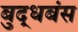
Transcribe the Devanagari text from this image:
बुद्धबंस